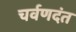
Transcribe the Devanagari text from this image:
चर्वणदंत